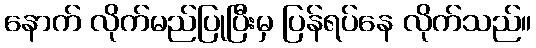
နောက် လိုက်မည်ပြုပြီးမှ ပြန်ရပ်နေ လိုက်သည်။